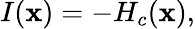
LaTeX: I(\mathbf{x})=-H_{c}(\mathbf{x}),